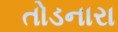
તોડનારા